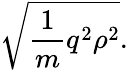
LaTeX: {\sqrt{{\frac{1}{m}}q^{2}\rho^{2}}}.